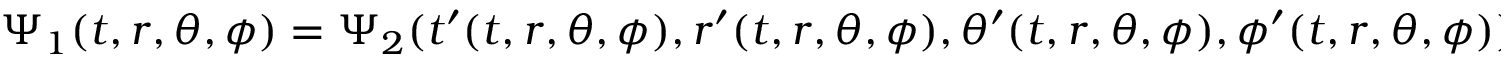
\Psi _ { 1 } ( t , r , \theta , \phi ) = \Psi _ { 2 } ( t ^ { \prime } ( t , r , \theta , \phi ) , r ^ { \prime } ( t , r , \theta , \phi ) , \theta ^ { \prime } ( t , r , \theta , \phi ) , \phi ^ { \prime } ( t , r , \theta , \phi ) ) .